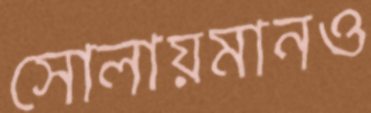
সোলায়মানও